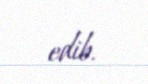
edib.